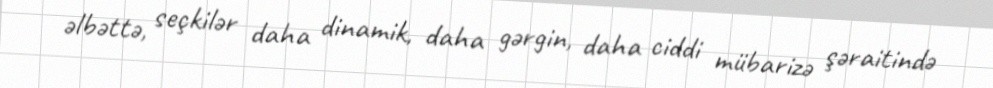
əlbəttə, seçkilər daha dinamik, daha gərgin, daha ciddi mübarizə şəraitində